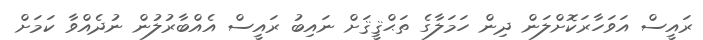
ރައީސް އަވަހާރަކޮށްލަން ދިން ހަމަލާގެ ތަޙްޤީޤަށް ނައިބު ރައީސް އެއްބާރުލުން ނުދެއްވާ ކަަމަށް